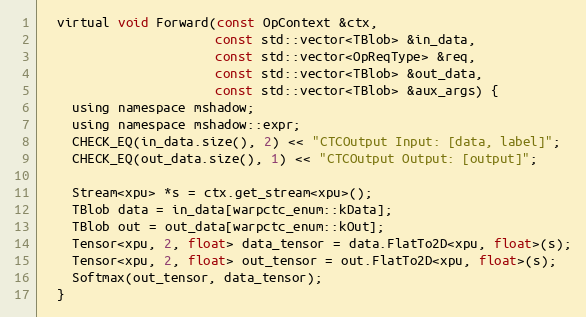
Language: C
  virtual void Forward(const OpContext &ctx,
                       const std::vector<TBlob> &in_data,
                       const std::vector<OpReqType> &req,
                       const std::vector<TBlob> &out_data,
                       const std::vector<TBlob> &aux_args) {
    using namespace mshadow;
    using namespace mshadow::expr;
    CHECK_EQ(in_data.size(), 2) << "CTCOutput Input: [data, label]";
    CHECK_EQ(out_data.size(), 1) << "CTCOutput Output: [output]";

    Stream<xpu> *s = ctx.get_stream<xpu>();
    TBlob data = in_data[warpctc_enum::kData];
    TBlob out = out_data[warpctc_enum::kOut];
    Tensor<xpu, 2, float> data_tensor = data.FlatTo2D<xpu, float>(s);
    Tensor<xpu, 2, float> out_tensor = out.FlatTo2D<xpu, float>(s);
    Softmax(out_tensor, data_tensor);
  }